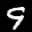
Label: 9